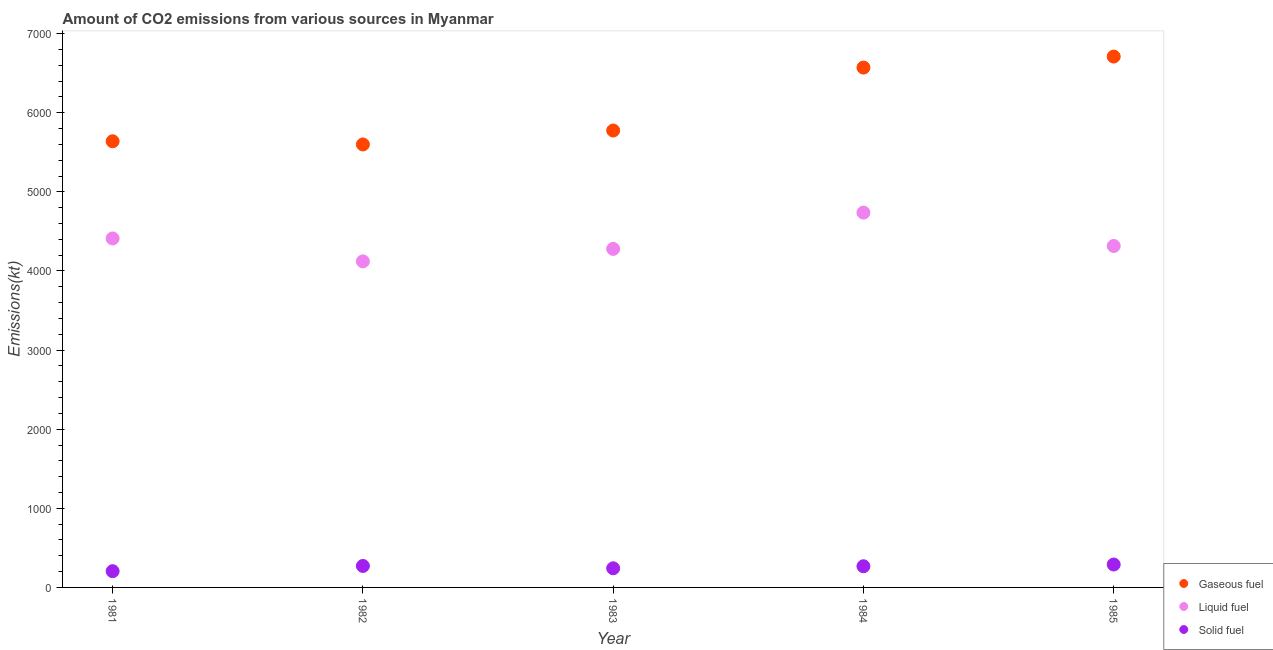
| Year | Gaseous fuel | Liquid fuel | Solid fuel |
 | --- | --- | --- | --- |
 | 1981 | 5.64e+03 | 4.41e+03 | 205 |
 | 1982 | 5.6e+03 | 4.12e+03 | 271 |
 | 1983 | 5.78e+03 | 4.28e+03 | 242 |
 | 1984 | 6.57e+03 | 4.74e+03 | 268 |
 | 1985 | 6.71e+03 | 4.32e+03 | 290 |